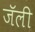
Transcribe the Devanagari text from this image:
जॅली